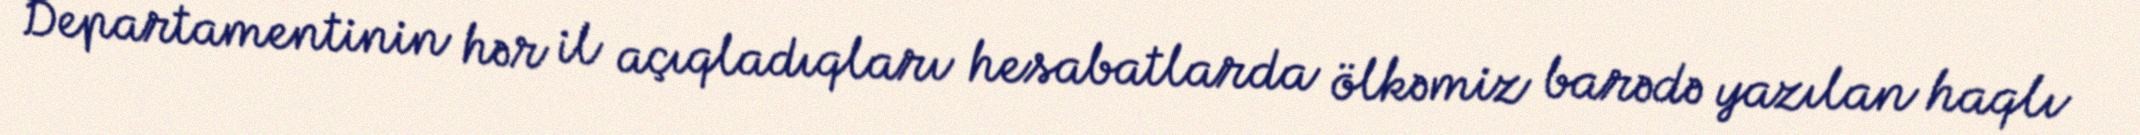
Departamentinin hər il açıqladıqları hesabatlarda ölkəmiz barədə yazılan haqlı